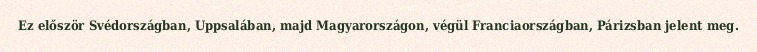
Ez először Svédországban, Uppsalában, majd Magyarországon, végül Franciaországban, Párizsban jelent meg.